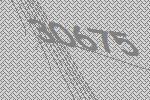
30675